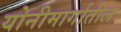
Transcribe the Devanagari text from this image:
योनीमार्गातील